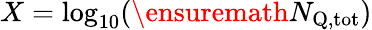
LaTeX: X=\log_{10}(\ensuremath{N_{\mathrm{Q,tot}}})